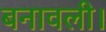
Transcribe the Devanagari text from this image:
बनावली।